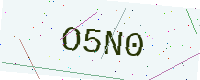
Text: O5N0